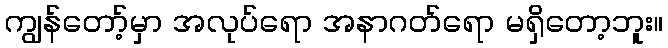
ကျွန်တော့်မှာ အလုပ်ရော အနာဂတ်ရော မရှိတော့ဘူး။